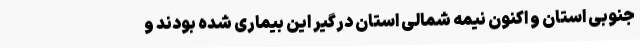
جنوبی استان و اکنون نیمه شمالی استان درگیر این بیماری شده بودند و